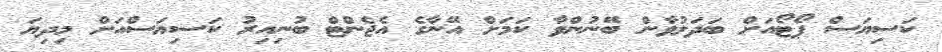
ކަސިޔަސް ޕޯޓޯއަށް ބަދަލުވާން ބޭނުންވާ ކަމަށް އޭނާގެ އެޖެންޓް ބުނިއިރު ކަސިޔަސްއަށް މިދިޔަ